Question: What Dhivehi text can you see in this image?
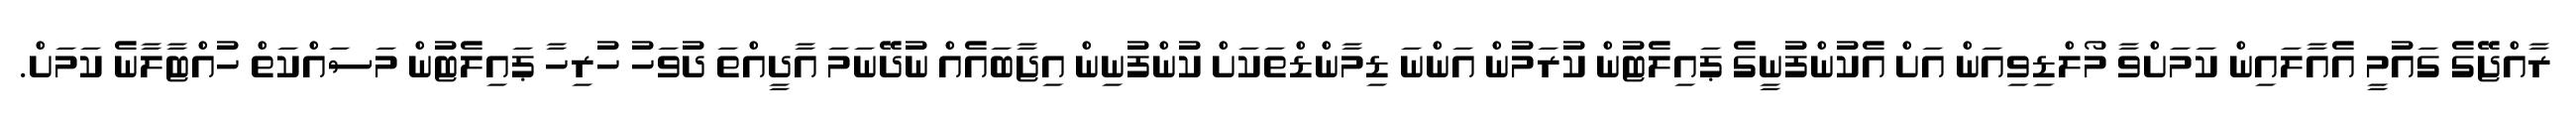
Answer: ރާއްޖޭގެ ގައުމީ އެއާލައިން ކަމަށްވާ މޯލްޑިވިއަން އަށް އެކުންފުނީގެ ޕައިލެޓުން ކުރަމުން އަންނަ ޑިމާންޑްތަކަށް ކުންފުނިން އިޖާބައެއް ނުދޭނަމަ އާދީއްތަ ދުވަހު ހުރިހާ ޕައިލެޓުން މަސައްކަތް ހުއްޓާލާނެ ކަމަށް.